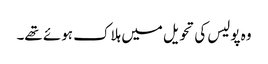
وہ پولیس کی تحویل میں ہلاک ہوئے تھے۔